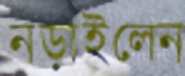
নড়াইলেন